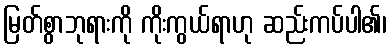
မြတ်စွာဘုရားကို ကိုးကွယ်ရာဟု ဆည်းကပ်ပါ၏၊